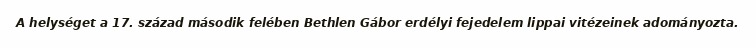
A helységet a 17. század második felében Bethlen Gábor erdélyi fejedelem lippai vitézeinek adományozta.